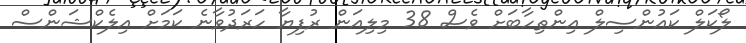
ލޯކަލް ކައުންސިލް އިންތިހާބަށް ވެސް 38 މިލިއަން ރުފިޔާ ހަރަދުވާނެ ކަމަށް އިލެކްޝަންސް